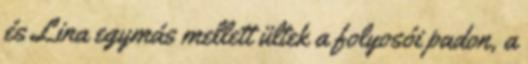
és Lina egymás mellett ültek a folyosói padon, a